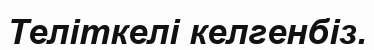
Теліткелі келгенбіз.